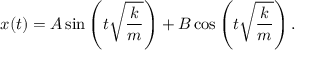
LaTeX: x ( t ) = A \sin \left( t { \sqrt { \frac { k } { m } } } \right) + B \cos \left( t { \sqrt { \frac { k } { m } } } \right) .